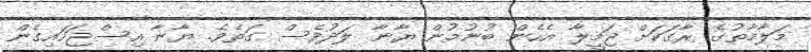
މަލާމާތުގެ ރާގަކަށް ޖަމީލާ އެހެން ބުނުމުން ޔާނާ ލަދުވެސް ގަތެވެ. ޔާނާ އިސްޖަހައިގެން